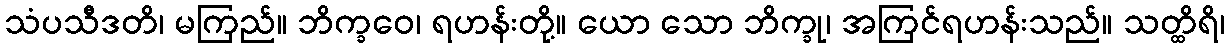
သံပသီဒတိ၊ မကြည်။ ဘိက္ခဝေ၊ ရဟန်းတို့။ ယော သော ဘိက္ခု၊ အကြင်ရဟန်းသည်။ သတ္ထိရိ၊